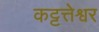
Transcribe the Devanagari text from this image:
कट्टत्तेश्वर